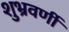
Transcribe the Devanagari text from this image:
शुभ्रवर्णी